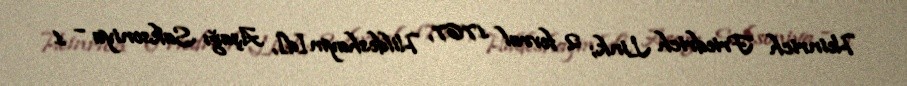
Heinrich Friedrich Link; 2 fevral 1767, Hildeshaym[d], Aşağı Saksoniya – 1